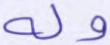
وله